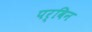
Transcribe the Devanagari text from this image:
पर्विन